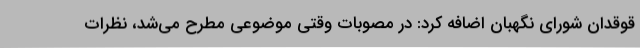
قوقدان شورای نگهبان اضافه کرد: در مصوبات وقتی موضوعی مطرح می‌شد، نظرات